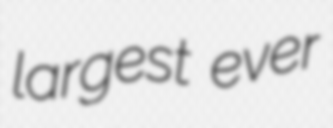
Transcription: largest ever